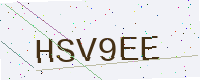
Text: HSV9EE